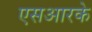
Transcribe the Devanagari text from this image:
एसआरके